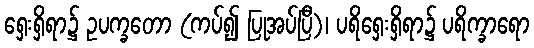
ရှေးရှိရာ၌ ဥပက္ခတော (ကပ်၍ ပြုအပ်ပြီ)၊ ပရိရှေးရှိရာ၌ ပရိက္ခာရော